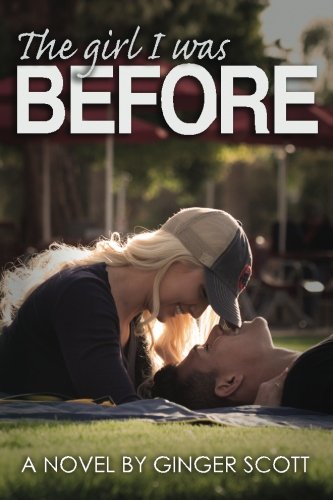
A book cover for The Girl I Was Before (The Falling Series) (Volume 3); Ginger Scott; Romance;